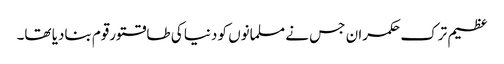
عظیم ترک حکمران جس نے مسلمانوں کو دنیا کی طاقتورقوم بنادیا تھا۔